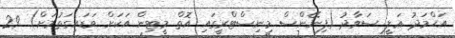
އަޙްމަދު ޢަލީ ސަވާދު (ފިނޭންސް މިނިސްޓްރީގައި އޮތް މީޓިން އަކަށް ވަޑައިގަތުމަށް) 29